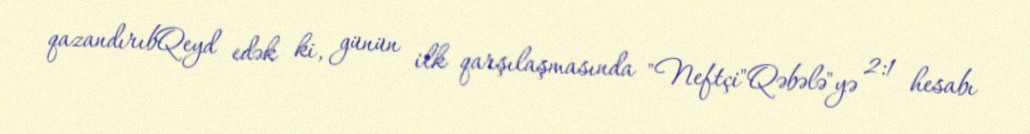
qazandırıbQeyd edək ki, günün ilk qarşılaşmasında "Neftçi"Qəbələ"yə 2:1 hesabı